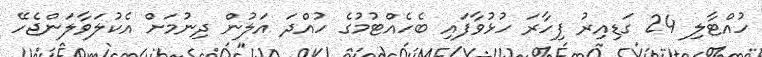
ހުއްޓާލި 24 ގަޑިއިރު ފިހާރަ ހުޅުވާފައި ބެހެއްޓުމުގެ ހުއްދަ އަލުން ދިނުމަށް އެކުލަވާލަންޖެހޭ